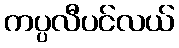
ကပ္ပလီပင်လယ်